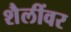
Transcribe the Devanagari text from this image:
शैलींवर